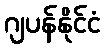
ဂျပန်နိုင်ငံ